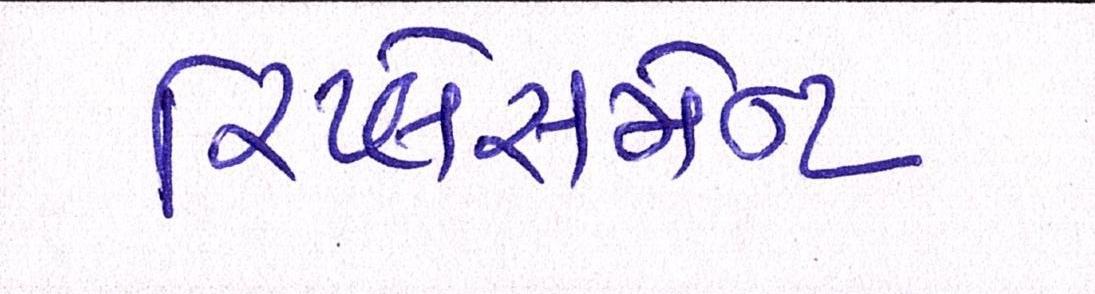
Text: રિપ્લેસમેન્ટ